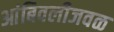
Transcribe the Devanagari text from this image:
आंबिवलीजवळ